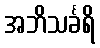
အဘိသင်္ခရိ